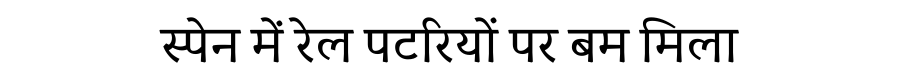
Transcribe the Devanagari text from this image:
स्पेन में रेल पटरियों पर बम मिला